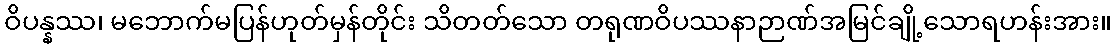
ဝိပန္နဿ၊ မဘောက်မပြန်ဟုတ်မှန်တိုင်း သိတတ်သော တရုဏဝိပဿနာဉာဏ်အမြင်ချို့သောရဟန်းအား။